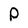
Character: P